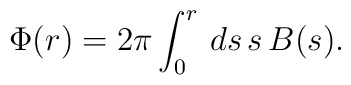
\Phi(r) = 2 \pi \int^{r}_{0} \, ds \, s \, B(s).